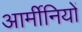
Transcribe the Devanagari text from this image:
आर्मीनियों